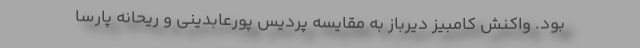
بود. واکنش کامبیز دیرباز به مقایسه پردیس پورعابدینی و ریحانه پارسا